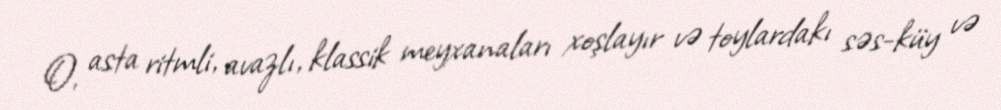
O, asta ritmli, avazlı, klassik meyxanaları xoşlayır və toylardakı səs-küy və